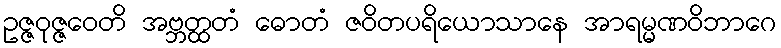
ဥဇ္ဇဝုဇ္ဇဝေတိ အဗ္ဘတ္ထတံ ဓောတံ ဇဝိတပရိယောသာနေ အာရမ္မဏဝိဘာဂေ